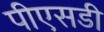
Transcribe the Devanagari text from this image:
पीएसडी